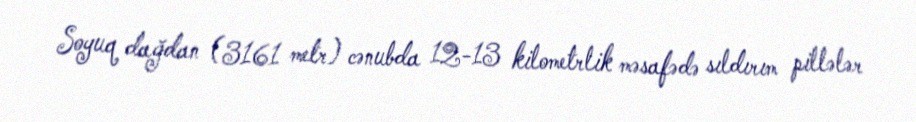
Soyuq dağdan (3161 metr) cənubda 12-13 kilometrlik məsafədə sıldırım pillələr